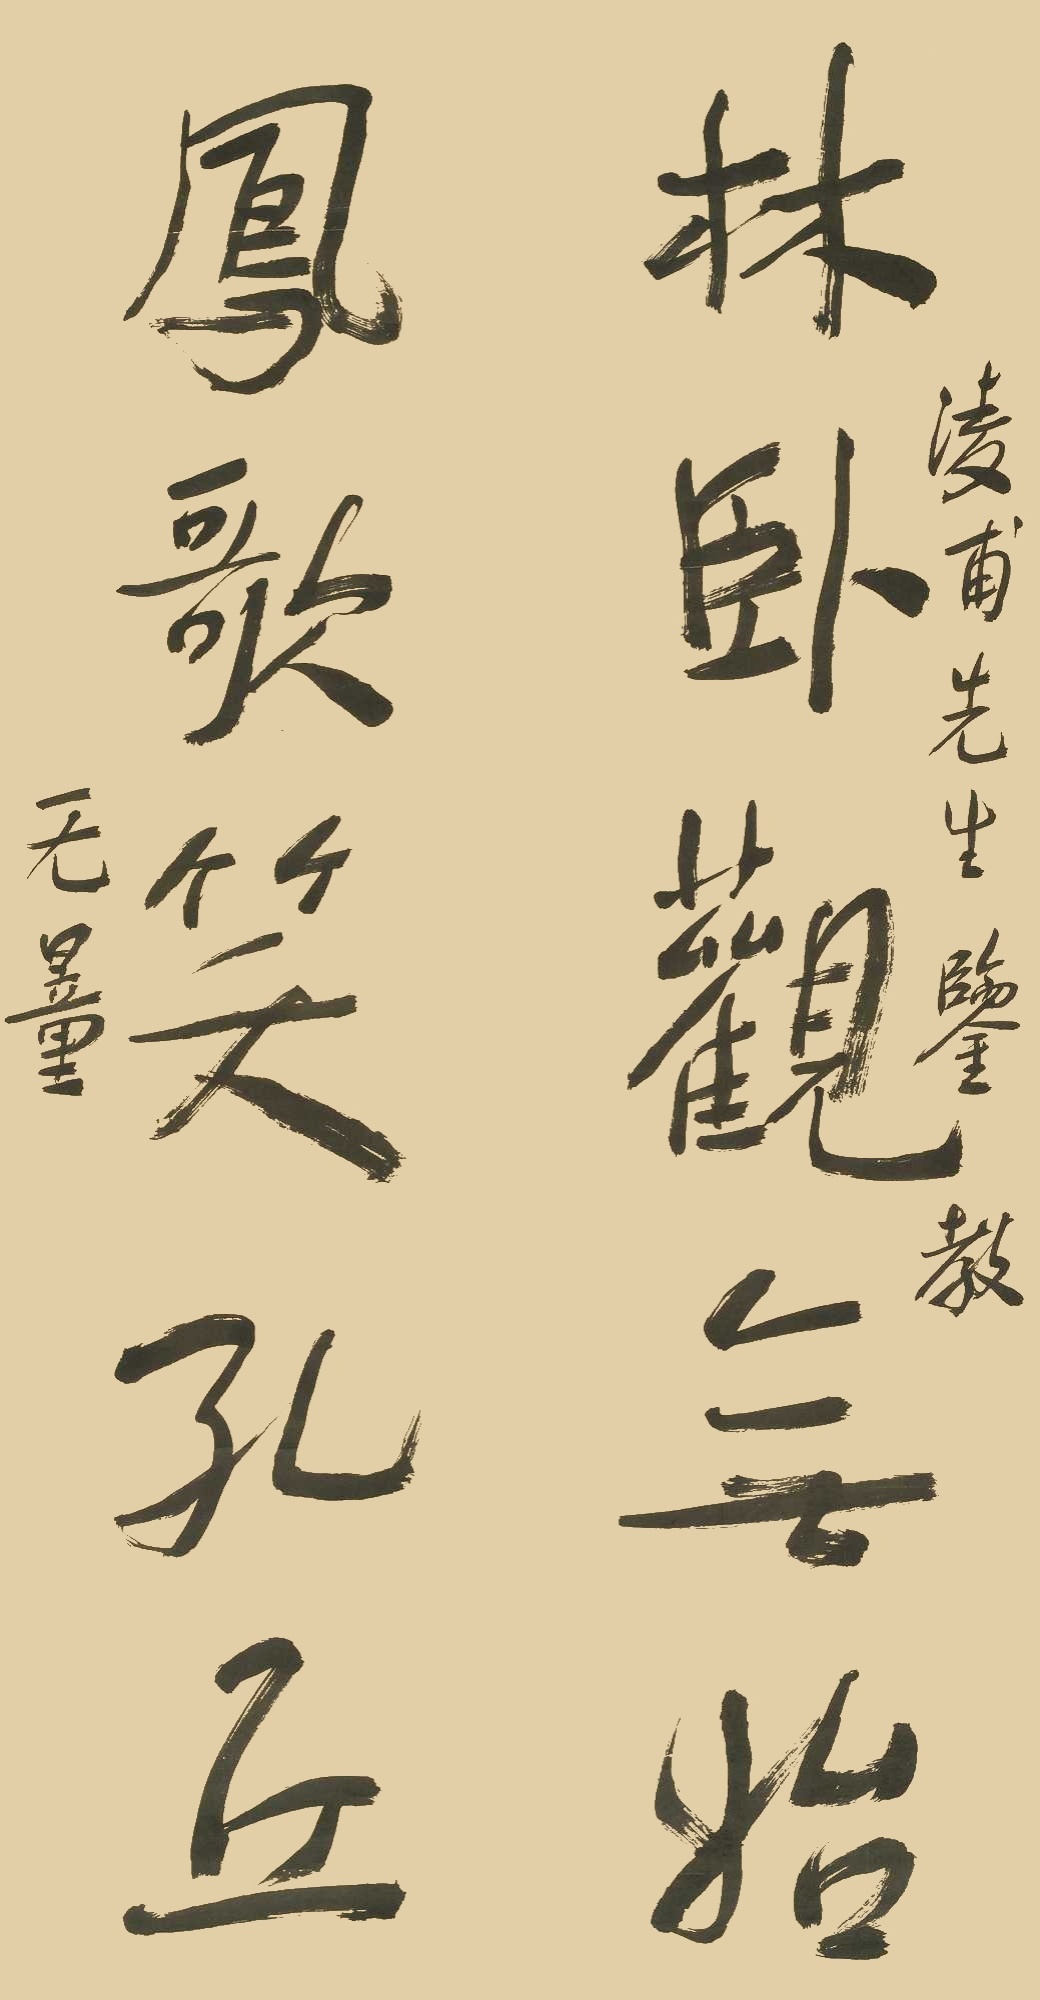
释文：林卧观无始，凤歌笑孔丘。凌甫先生鉴教，无量。